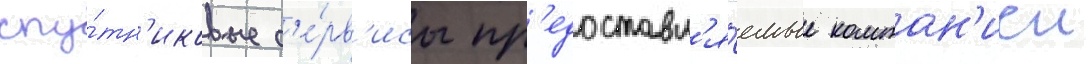
спу́тн'иковые с'е́рв'исы пр'едоставл'я́емые компан'иеи